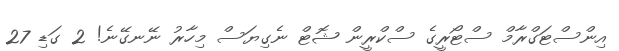
އިންސްޓަގްރާމް ސްޓޯރީގެ ސްކްރީން ޝޮޓް ނެގިޔަސް މިހާރު ނޭނގޭނެ! 2 ގަޑި 27